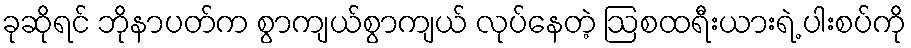
ခုဆိုရင် ဘိုနာပတ်က စွာကျယ်စွာကျယ် လုပ်နေတဲ့ ဩစထရီးယားရဲ့ ပါးစပ်ကို